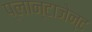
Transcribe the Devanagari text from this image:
प्लान्टाजेन्ट